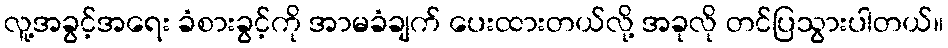
လူ့အခွင့်အရေး ခံစားခွင့်ကို အာမခံချက် ပေးထားတယ်လို့ အခုလို တင်ပြသွားပါတယ်။